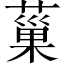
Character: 𦸛